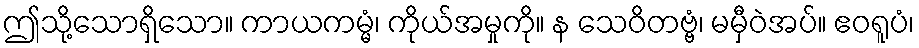
ဤသို့သောရှိသော။ ကာယကမ္မံ၊ ကိုယ်အမှုကို။ န သေဝိတဗ္ဗံ၊ မမှီဝဲအပ်။ ဧဝရူပံ၊